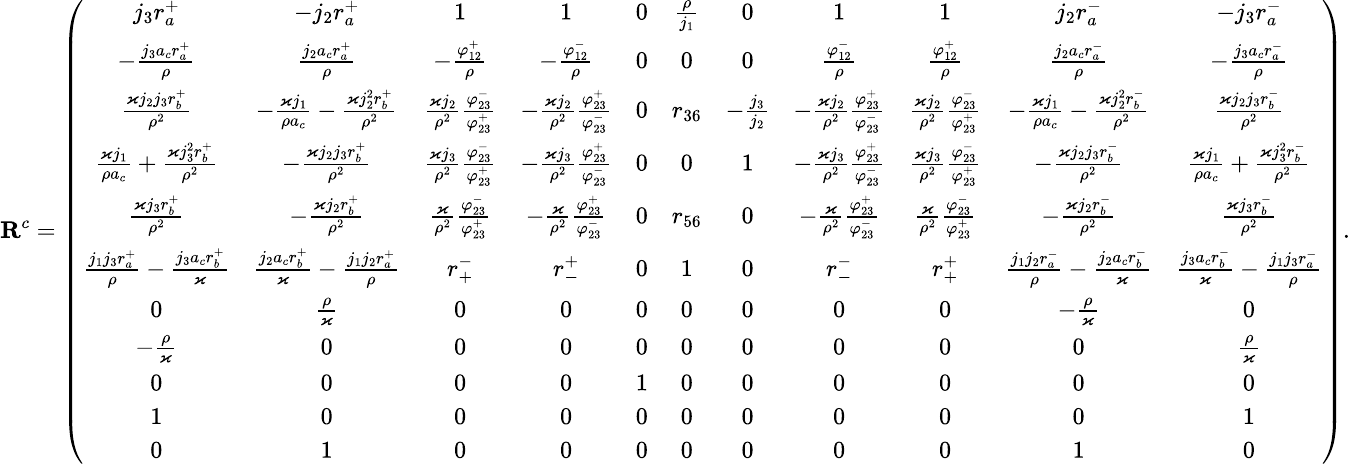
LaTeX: \small\mathbf{R}^{c}=\left(\begin{array}{ccccccccccc}{j_{3}r_{a}^{+}}&{-j_{2}r_{a}^{+}}&{1}&{1}&{0}&{\frac{\rho}{j_{1}}}&{0}&{1}&{1}&{j_{2}r_{a}^{-}}&{-j_{3}r_{a}^{-}}\\ {-\frac{j_{3}a_{c}r_{a}^{+}}{\rho}}&{\frac{j_{2}a_{c}r_{a}^{+}}{\rho}}&{-\frac{\varphi_{12}^{+}}{\rho}}&{-\frac{\varphi_{12}^{-}}{\rho}}&{0}&{0}&{0}&{\frac{\varphi_{12}^{-}}{\rho}}&{\frac{\varphi_{12}^{+}}{\rho}}&{\frac{j_{2}a_{c}r_{a}^{-}}{\rho}}&{-\frac{j_{3}a_{c}r_{a}^{-}}{\rho}}\\ {\frac{\varkappa j_{2}j_{3}r_{b}^{+}}{\rho^{2}}}&{-\frac{\varkappa j_{1}}{\rho a_{c}}-\frac{\varkappa j_{2}^{2}r_{b}^{+}}{\rho^{2}}}&{\frac{\varkappa j_{2}}{\rho^{2}}\frac{\varphi_{23}^{-}}{\varphi_{23}^{+}}}&{-\frac{\varkappa j_{2}}{\rho^{2}}\frac{\varphi_{23}^{+}}{\varphi_{23}^{-}}}&{0}&{r_{36}}&{-\frac{j_{3}}{j_{2}}}&{-\frac{\varkappa j_{2}}{\rho^{2}}\frac{\varphi_{23}^{+}}{\varphi_{23}^{-}}}&{\frac{\varkappa j_{2}}{\rho^{2}}\frac{\varphi_{23}^{-}}{\varphi_{23}^{+}}}&{-\frac{\varkappa j_{1}}{\rho a_{c}}-\frac{\varkappa j_{2}^{2}r_{b}^{-}}{\rho^{2}}}&{\frac{\varkappa j_{2}j_{3}r_{b}^{-}}{\rho^{2}}}\\ {\frac{\varkappa j_{1}}{\rho a_{c}}+\frac{\varkappa j_{3}^{2}r_{b}^{+}}{\rho^{2}}}&{-\frac{\varkappa j_{2}j_{3}r_{b}^{+}}{\rho^{2}}}&{\frac{\varkappa j_{3}}{\rho^{2}}\frac{\varphi_{23}^{-}}{\varphi_{23}^{+}}}&{-\frac{\varkappa j_{3}}{\rho^{2}}\frac{\varphi_{23}^{+}}{\varphi_{23}^{-}}}&{0}&{0}&{1}&{-\frac{\varkappa j_{3}}{\rho^{2}}\frac{\varphi_{23}^{+}}{\varphi_{23}^{-}}}&{\frac{\varkappa j_{3}}{\rho^{2}}\frac{\varphi_{23}^{-}}{\varphi_{23}^{+}}}&{-\frac{\varkappa j_{2}j_{3}r_{b}^{-}}{\rho^{2}}}&{\frac{\varkappa j_{1}}{\rho a_{c}}+\frac{\varkappa j_{3}^{2}r_{b}^{-}}{\rho^{2}}}\\ {\frac{\varkappa j_{3}r_{b}^{+}}{\rho^{2}}}&{-\frac{\varkappa j_{2}r_{b}^{+}}{\rho^{2}}}&{\frac{\varkappa}{\rho^{2}}\frac{\varphi_{23}^{-}}{\varphi_{23}^{+}}}&{-\frac{\varkappa}{\rho^{2}}\frac{\varphi_{23}^{+}}{\varphi_{23}^{-}}}&{0}&{r_{56}}&{0}&{-\frac{\varkappa}{\rho^{2}}\frac{\varphi_{23}^{+}}{\varphi_{23}^{-}}}&{\frac{\varkappa}{\rho^{2}}\frac{\varphi_{23}^{-}}{\varphi_{23}^{+}}}&{-\frac{\varkappa j_{2}r_{b}^{-}}{\rho^{2}}}&{\frac{\varkappa j_{3}r_{b}^{-}}{\rho^{2}}}\\ {\frac{j_{1}j_{3}r_{a}^{+}}{\rho}-\frac{j_{3}a_{c}r_{b}^{+}}{\varkappa}}&{\frac{j_{2}a_{c}r_{b}^{+}}{\varkappa}-\frac{j_{1}j_{2}r_{a}^{+}}{\rho}}&{r_{+}^{-}}&{r_{-}^{+}}&{0}&{1}&{0}&{r_{-}^{-}}&{r_{+}^{+}}&{\frac{j_{1}j_{2}r_{a}^{-}}{\rho}-\frac{j_{2}a_{c}r_{b}^{-}}{\varkappa}}&{\frac{j_{3}a_{c}r_{b}^{-}}{\varkappa}-\frac{j_{1}j_{3}r_{a}^{-}}{\rho}}\\ {0}&{\frac{\rho}{\varkappa}}&{0}&{0}&{0}&{0}&{0}&{0}&{0}&{-\frac{\rho}{\varkappa}}&{0}\\ {-\frac{\rho}{\varkappa}}&{0}&{0}&{0}&{0}&{0}&{0}&{0}&{0}&{0}&{\frac{\rho}{\varkappa}}\\ {0}&{0}&{0}&{0}&{1}&{0}&{0}&{0}&{0}&{0}&{0}\\ {1}&{0}&{0}&{0}&{0}&{0}&{0}&{0}&{0}&{0}&{1}\\ {0}&{1}&{0}&{0}&{0}&{0}&{0}&{0}&{0}&{1}&{0}\end{array}\right).